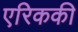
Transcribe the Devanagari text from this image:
एरिककी